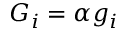
G _ { i } = \alpha g _ { i }